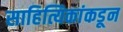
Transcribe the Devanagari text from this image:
साहित्यिकांकडून